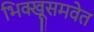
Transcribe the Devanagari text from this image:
भिक्खूसमवेत